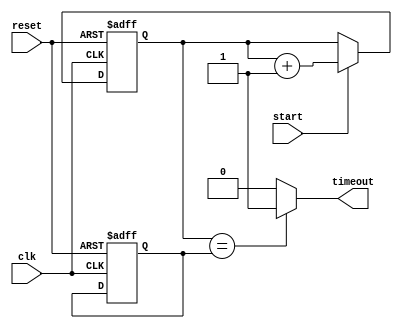
module IntervalTimer(
    input wire clk,
    input wire reset,
    input wire start,
    output reg timeout
);

reg [15:0] counter;
reg [15:0] predefined_interval;
reg [15:0] current_time;

// Control block
always @(posedge clk or posedge reset) begin
    if (reset) begin
        counter <= 16'b0;
        predefined_interval <= 16'b1000; // Example predefined interval of 1000 clock cycles
    end else begin
        if (start) begin
            counter <= counter + 1;
        end
    end
end

// Comparator
always @(*) begin
    if (counter == predefined_interval) begin
        timeout <= 1'b1;
    end else begin
        timeout <= 1'b0;
    end
end

// Synchronization block
always @(posedge clk or posedge reset) begin
    if (reset) begin
        current_time <= 16'b0;
    end else begin
        current_time <= current_time + 1;
    end
end

endmodule